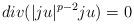
LaTeX: \begin{align*}div(|ju|^{p-2}ju)=0\end{align*}